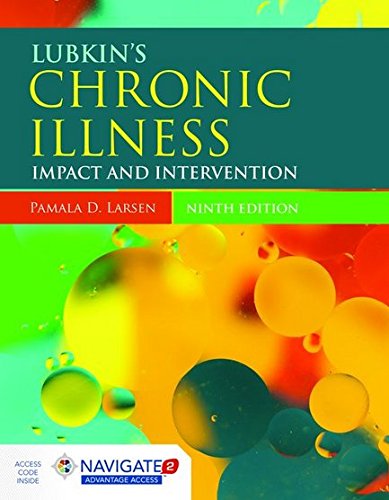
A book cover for Lubkin's Chronic Illness: Impact and Intervention (Lubkin, Chronic Illness); Pamala D. Larsen; Medical Books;